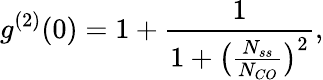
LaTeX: g^{(2)}(0)=1+\frac{1}{1+\big(\frac{N_{ss}}{N_{CO}}\big)^{2}},